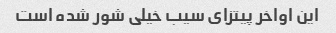
این اواخر پیتزای سیب خیلی شور شده است